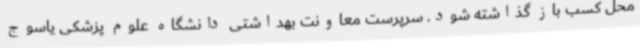
محل کسب باز گذاشته شود. سرپرست معاونت بهداشتی دانشگاه علوم پزشکی یاسوج